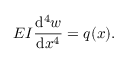
E I { \frac { \mathrm { d } ^ { 4 } w } { \mathrm { d } x ^ { 4 } } } = q ( x ) .